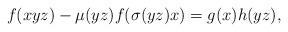
LaTeX: \begin{align*}f(xyz)-\mu(yz)f(\sigma(yz)x)=g(x)h(yz),\end{align*}